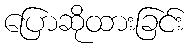
ပြောဆိုထားခြင်း